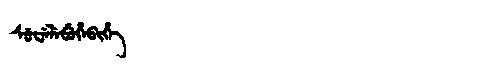
Manchu: ᠰᡠᠸᡝᠯᡝᠪᡠᡥᡝᠪᡳᡥᡝ
Romanization: SUWELEBUHEBIHE